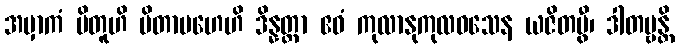
အမှာကံ ပိတူဟိ ပိတာမဟေဟိ ဒိန္နတ္တာ ဧဝံ ကုလာနုကုလဝသေန ယဇိတဗွီ၊ ဒါတဗ္ဗန္တိ